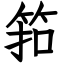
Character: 筘